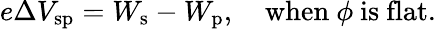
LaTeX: e\Delta V_{\mathrm{{sp}}}=W_{\mathrm{{s}}}-W_{\mathrm{{p}}},\quad{\mathrm{when}}~\phi~{\mathrm{is~flat}}.